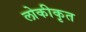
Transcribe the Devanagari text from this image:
लोकीकृत